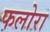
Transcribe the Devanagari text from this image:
फलोरा